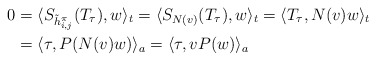
\begin{align*} 0 &= \langle S_{\tilde{h}^{\pi}_{i,j}}(T_{\tau}), w\rangle_t= \langle S_{N(v)}(T_\tau), w\rangle_t= \langle T_\tau, N(v)w\rangle_t \\&= \langle \tau, P(N(v)w)\rangle_a = \langle \tau, vP(w)\rangle_a \end{align*}